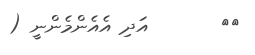
٣٢       އަދި އެއެންމެންނީ (